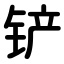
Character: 铲